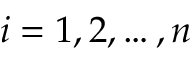
i = 1 , 2 , \ldots , n